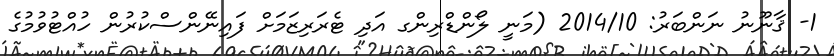
1- ޤާނޫނު ނަންބަރު: 2014/10 (މަނީ ލޯންޑްރިންގ އަދި ޓެރަރިޒަމަށް ފައިނޭންސްކުރުން ހުއްޓުވުމުގެ